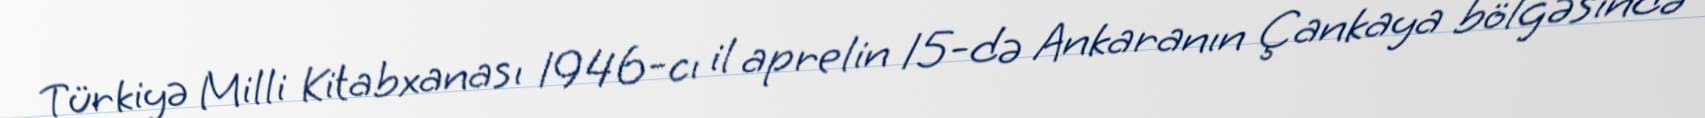
Türkiyə Milli Kitabxanası 1946-cı il aprelin 15-də Ankaranın Çankaya bölgəsində